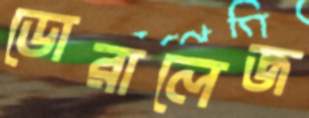
ডোরালেজ